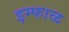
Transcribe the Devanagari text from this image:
इम्फाळ